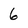
Character: 6